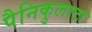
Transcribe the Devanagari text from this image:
पैनिकुलाटा